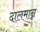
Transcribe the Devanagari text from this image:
दालमान्न